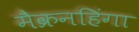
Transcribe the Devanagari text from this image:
मैक्रनहिंगा